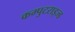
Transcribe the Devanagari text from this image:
कम्पुटराइज्ड